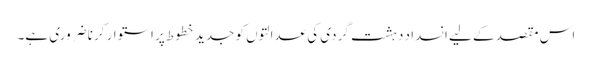
اس مقصد کے لیے انسداد دہشت گردی کی عدالتوں کو جدید خطوط پر استوار کرنا ضروری ہے۔